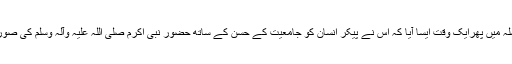
انبیاء کرام کے اس سلسلہ میں پھرایک وقت ایسا آیا کہ اس نے پیکر انسان کو جامعیت کے حُسن کے ساتھ حضور نبی اکرم صلی اللہ علیہ وآلہ وسلم کی صورت میں مبعوث فرمایا۔